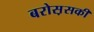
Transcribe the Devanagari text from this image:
बरोस़सकी